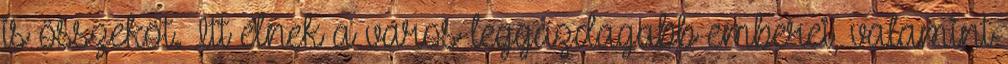
is összeköt. Itt élnek a város leggazdagabb emberei, valamint